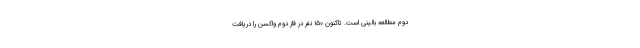
دوم مطالعه بالینی است. تاکنون ۱۵۰ نفر در فاز دوم واکسن را دریافت